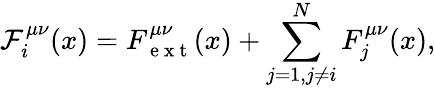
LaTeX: \mathcal{F}_{i}^{\mu\nu}(x)=F_{\mathrm{~e~x~t~}}^{\mu\nu}(x)+\sum_{j=1,j\neq i}^{N}F_{j}^{\mu\nu}(x),